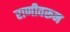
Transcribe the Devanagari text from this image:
राणीवरून